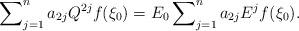
LaTeX: \begin{align*}\sum\nolimits_{j=1}^{n}a_{2j}Q^{2j}f(\xi_{0})=E_{0}\sum\nolimits_{j=1}^{n}a_{2j}E^{j}f(\xi_{0}). \end{align*}